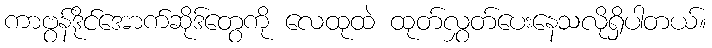
ကာဗွန်ဒိုင်အောက်ဆိုဒ်တွေကို လေထုထဲ ထုတ်လွှတ်ပေးနေသလိုရှိပါတယ်။